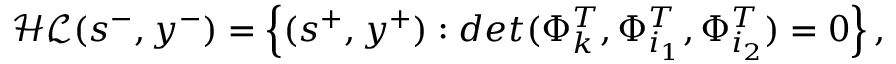
\mathcal { H L } ( s ^ { - } , y ^ { - } ) = \left\{ ( s ^ { + } , y ^ { + } ) : d e t ( \Phi _ { k } ^ { T } , \Phi _ { i _ { 1 } } ^ { T } , \Phi _ { i _ { 2 } } ^ { T } ) = 0 \right\} ,